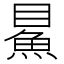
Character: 𩶔